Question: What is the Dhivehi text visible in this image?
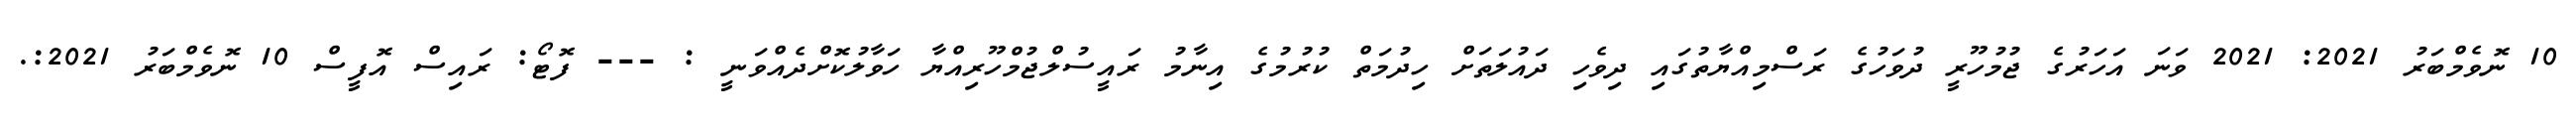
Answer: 10 ނޮވެމްބަރު 2021: 2021 ވަނަ އަހަރުގެ ޖުމުހޫރީ ދުވަހުގެ ރަސްމިއްޔާތުގައި ދިވެހި ދައުލަތަށް ހިދުމަތް ކުރުމުގެ އިނާމު ރައީސުލްޖުމްހޫރިއްޔާ ހަވާލުކޮށްދެއްވަނީ : --- ފޮޓޯ: ރައިސް އޮފީސް 10 ނޮވެމްބަރު 2021:.